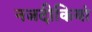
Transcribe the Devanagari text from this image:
नजदीकियां